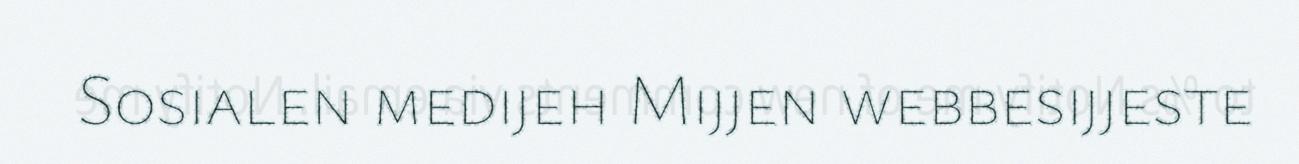
Sosialen medijeh Mijjen webbesijjeste